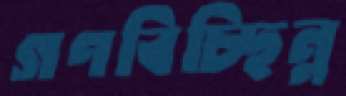
গণবিচ্ছিন্ন